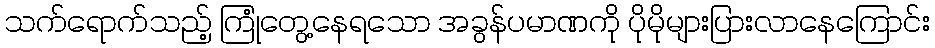
သက်ရောက်သည့် ကြုံတွေ့နေရသော အခွန်ပမာဏကို ပိုမိုများပြားလာနေကြောင်း